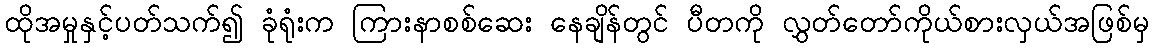
ထိုအမှုနှင့်ပတ်သက်၍ ခုံရုံးက ကြားနာစစ်ဆေး နေချိန်တွင် ပီတကို လွှတ်တော်ကိုယ်စားလှယ်အဖြစ်မှ